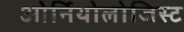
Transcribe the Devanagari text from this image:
ओर्निथोलोजिस्ट